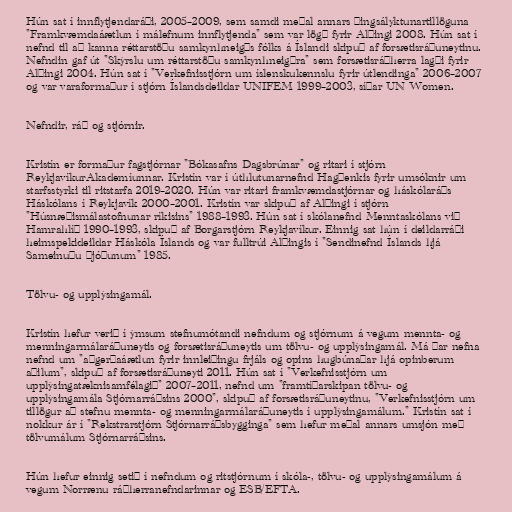
Hún sat í innflytjendaráði, 2005–2009, sem samdi meðal annars þingsályktunartillöguna
"Framkvæmdaáætlun í málefnum innflytjenda" sem var lögð fyrir Alþingi 2008. Hún sat í
nefnd til að kanna réttarstöðu samkynhneigðs fólks á Íslandi skipuð af forsætisráðuneytinu.
Nefndin gaf út "Skýrslu um réttarstöðu samkynhneigðra" sem forsætisráðherra lagði fyrir
Alþingi 2004. Hún sat í "Verkefnisstjórn um íslenskukennslu fyrir útlendinga" 2006–2007
og var varaformaður í stjórn Íslandsdeildar UNIFEM 1999–2003, síðar UN Women.

Nefndir, ráð og stjórnir.

Kristín er formaður fagstjórnar "Bókasafns Dagsbrúnar" og ritari í stjórn
ReykjavíkurAkademíunnar. Kristín var í úthlutunarnefnd Hagþenkis fyrir umsóknir um
starfsstyrki til ritstarfa 2019–2020. Hún var ritari framkvæmdastjórnar og háskólaráðs
Háskólans í Reykjavík 2000–2001. Kristín var skipuð af Alþingi í stjórn
"Húsnæðismálastofnunar ríkisins" 1988–1993. Hún sat í skólanefnd Menntaskólans við
Hamrahlíð 1990–1993, skipuð af Borgarstjórn Reykjavíkur. Einnig sat hún í deildarráði
heimspekideildar Háskóla Íslands og var fulltrúi Alþingis í "Sendinefnd Íslands hjá
Sameinuðu þjóðunum" 1985.

Tölvu- og upplýsingamál.

Kristín hefur verið í ýmsum stefnumótandi nefndum og stjórnum á vegum mennta- og
menningarmálaráðuneytis og forsætisráðuneytis um tölvu- og upplýsingamál. Má þar nefna
nefnd um "aðgerðaáætlun fyrir innleiðingu frjáls og opins hugbúnaðar hjá opinberum
aðilum", skipuð af forsætisráðuneyti 2011. Hún sat í "Verkefnisstjórn um
upplýsingatæknisamfélagið" 2007–2011, nefnd um "framtíðarskipan tölvu- og
upplýsingamála Stjórnarráðsins 2000", skipuð af forsætisráðuneytinu, "Verkefnisstjórn um
tillögur að stefnu mennta- og menningarmálaráðuneytis í upplýsingamálum." Kristín sat í
nokkur ár í "Rekstrarstjórn Stjórnarráðsbygginga" sem hefur meðal annars umsjón með
tölvumálum Stjórnarráðsins.

Hún hefur einnig setið í nefndum og ritstjórnum í skóla-, tölvu- og upplýsingamálum á
vegum Norrænu ráðherranefndarinnar og ESB/EFTA.